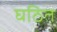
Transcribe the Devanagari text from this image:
घठित